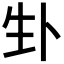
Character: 𪽁